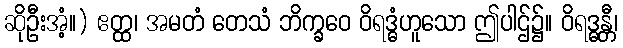
ဆိုဦးအံ့။) ဧတ္ထ၊ အမတံ တေသံ ဘိက္ခဝေ ဝိရဒ္ဓံဟူသော ဤပါဌ်၌။ ဝိရဒ္ဓန္တီ၊